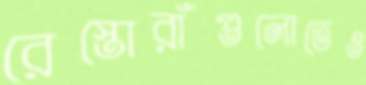
রেস্তোরাঁগুলোতেও